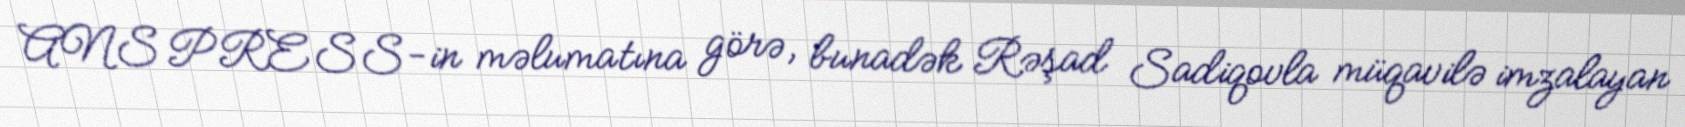
ANS PRESS-in məlumatına görə, bunadək Rəşad Sadiqovla müqavilə imzalayan